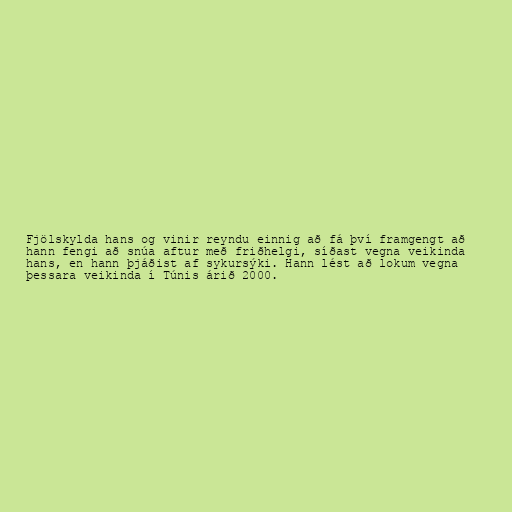
Fjölskylda hans og vinir reyndu einnig að fá því framgengt að
hann fengi að snúa aftur með friðhelgi, síðast vegna veikinda
hans, en hann þjáðist af sykursýki. Hann lést að lokum vegna
þessara veikinda í Túnis árið 2000.